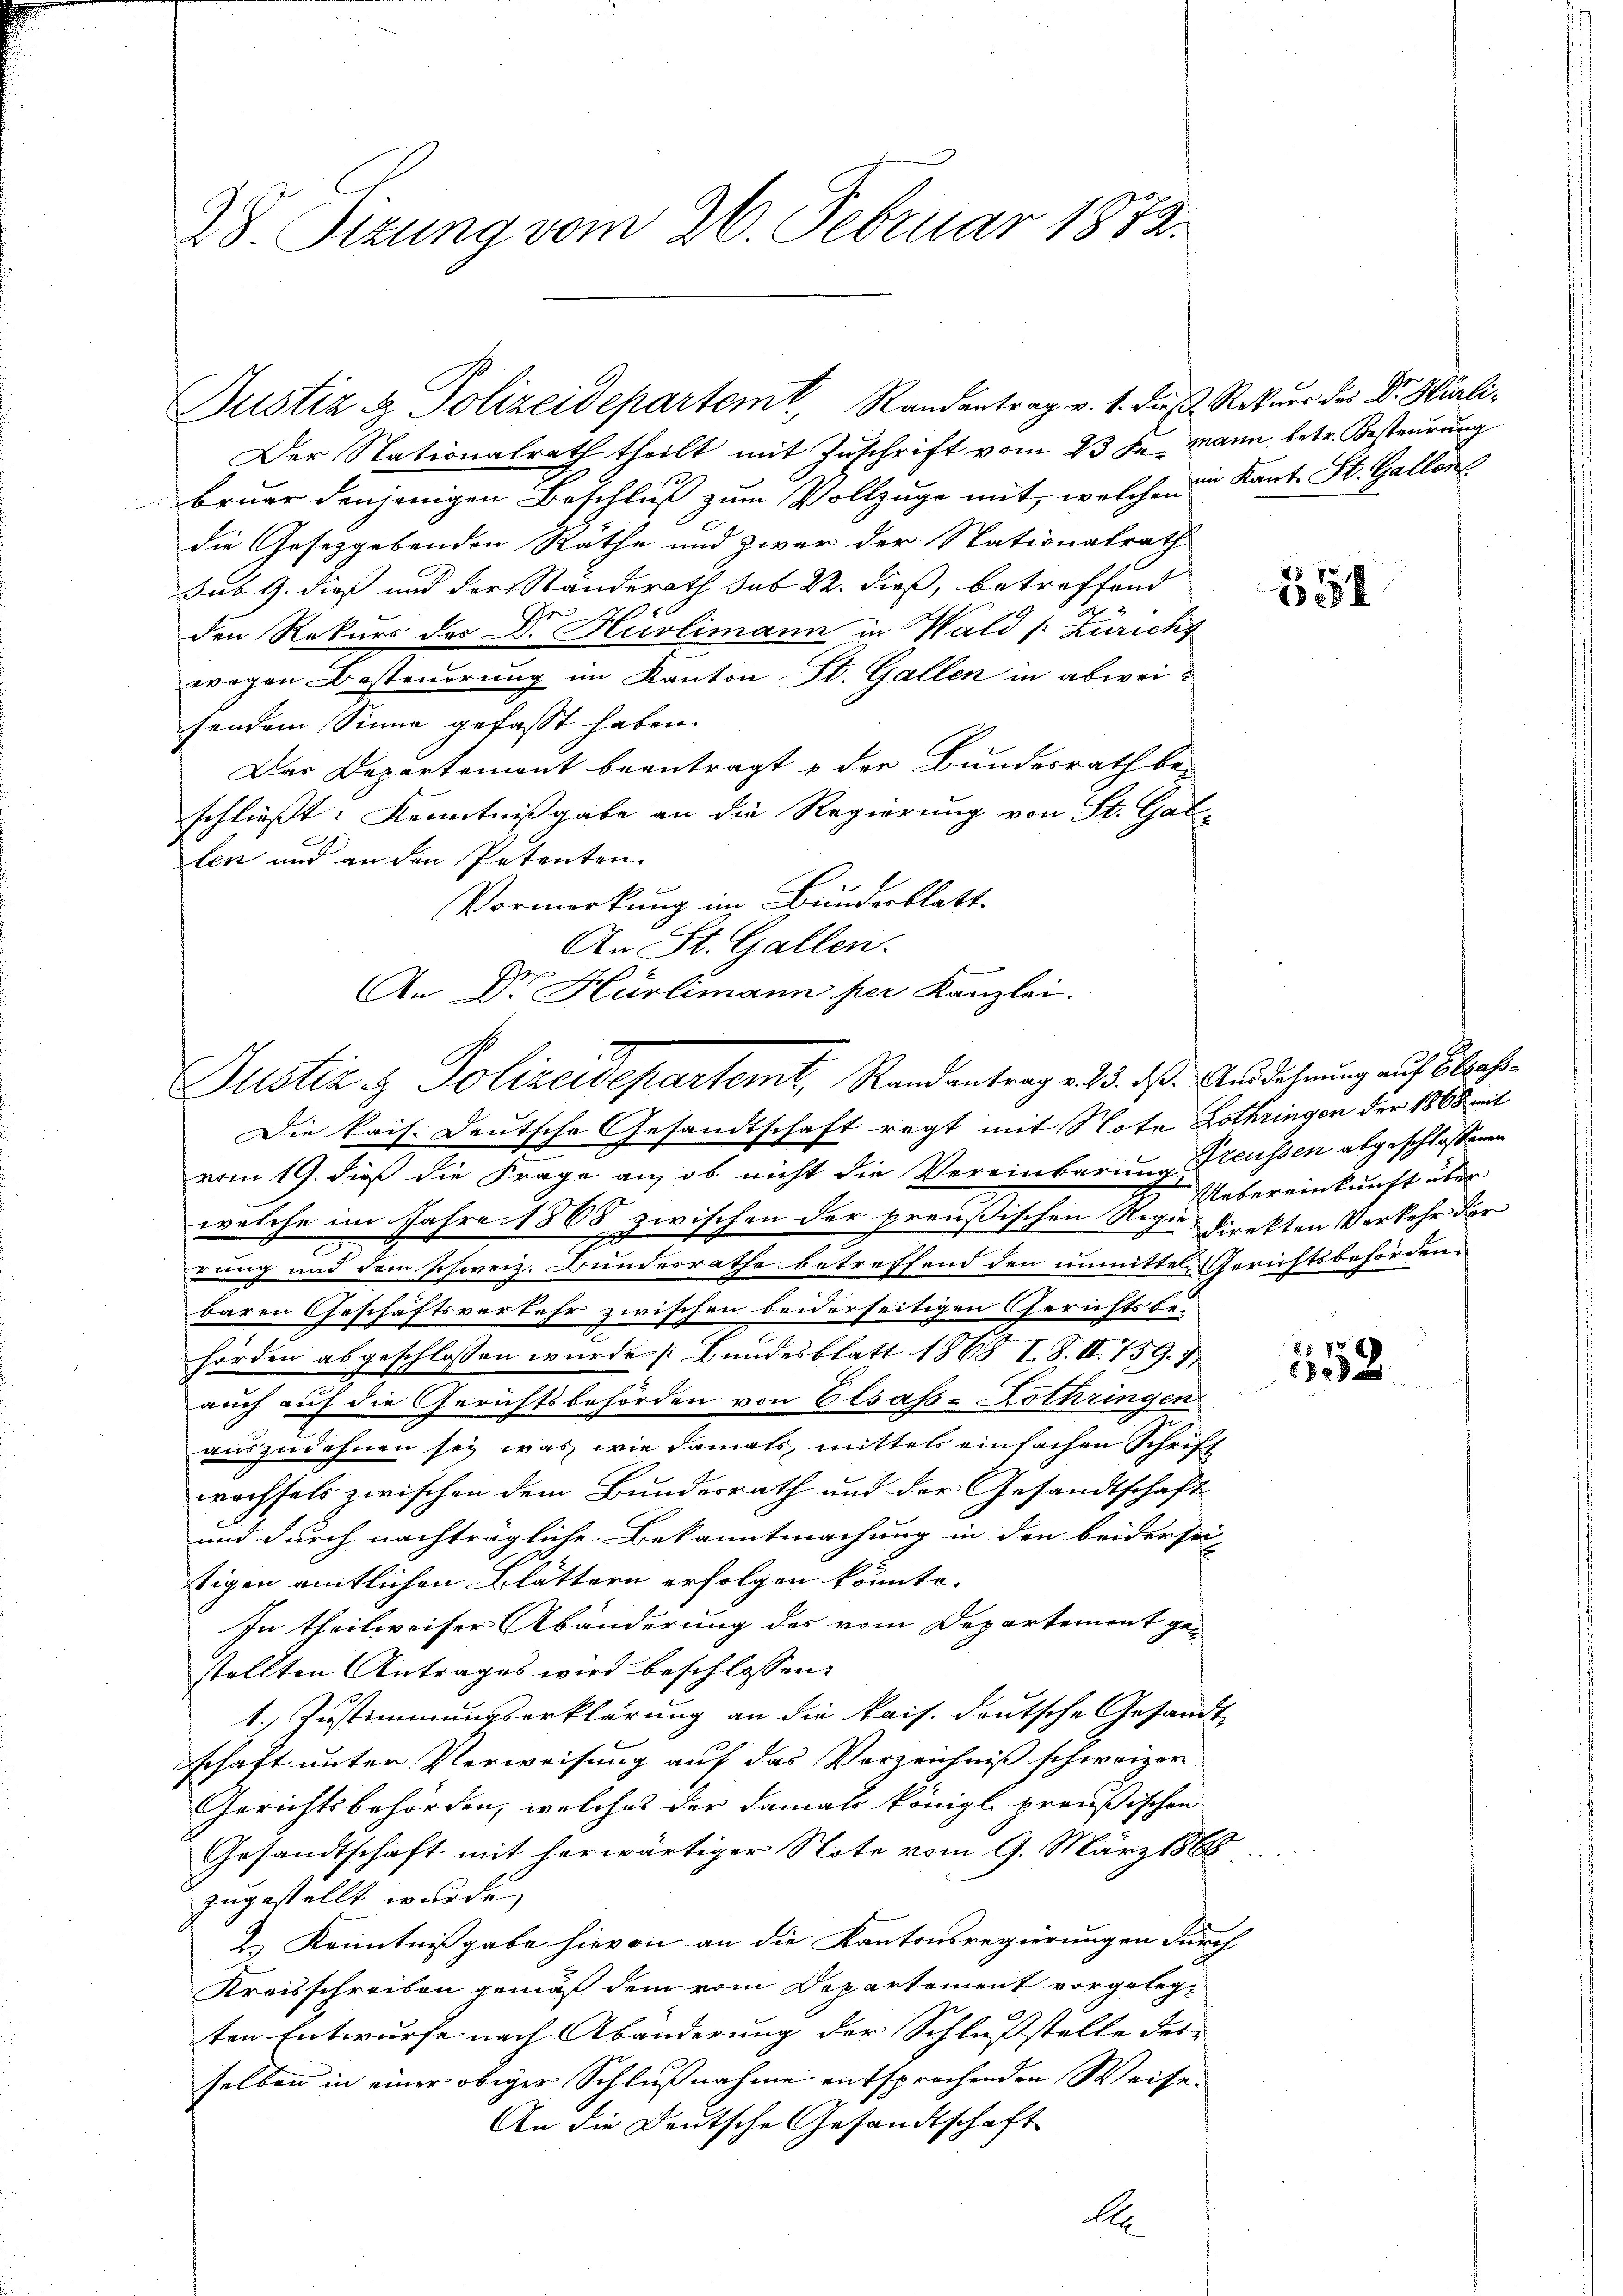
28. Sizung vom 26. Februar 1873.

Justiz & Polizeidepartem Randantrag v. 1. dieß Rekurs des Dr. Hürli¬

Der Stationalrath theilt mit Zuschrift vom 23 Fr. Mann, betr. Besteurung
bruar denjenigen Beschluß zum Vollzuge mit, welchen in Kant. St. Gallen
die Gesetzgebenden Räthe und zwar der Nationalrath
sub 9. dieß und der Standerath sub 22. dieß, betreffend
den Rekurs des Dr. Hürlimann in Wald (: Zürichs
wegen Besteuerung im Kanton St. Gallen in abweisendem Sinne gefasst haben.
Das Departemont beantragt u der Bundesrath be-
schließt: Kenntnißgabe an die Regierung von St. Gal-
len und an den Petenten.
Vormerkung im Bundesblatt
Die kais. Deutsche Gesandtschaft regt mit Note Lothringen der 1868 mit
vom 19. dieß die S. ob nicht die Vereinbarung Treussen abgeschlossenen
welche im Jahre 1868 zwischen der preußischen Regie direkten Verkehr der
.
rung und dem schweiz. Bundesrathe betreffend den unmittel Gerichtsbehörden.
baren Geschäftsverkehr zwischen beiderseitigen Gerichtsbehörden abgeschlossen wurde [Bundesblatt 1868 I. S. II. 759. 1
auch auf die Gerichtsbehörden von Elsass-Lothringen
auszudehnen sey, was wie damals, mittels einfachen Schrift
wechsels zwischen dem Bundesrath und der Gesandtschaft
und durch nachträgliche Bekanntmachung in den beidersei
tigen amtlichen Blättern erfolgen könnte.
In theilweiser Abänderung des vom Departement gestellten Antrages wird beschlossen:
1. Zustimmungserklärung an die kais. deutsche Gesandt
schaft unter Verweisung auf das Vorzeichniß schweizer
Gerichtsbehörden, welches der damals königl. preußischen
Gesandtschaft mit herwärtiger Note vom 9. März 1868
zugestellt wurde.
2.) Kenntnißgabe hievon an die Kantonsregierungen durch
Kreisschreiben gemäß dem vom Departement vorgelegten Entwurfe nach Abänderung der Schlußstelle des
selben in einer obiger Schlußnahme entsprechenden Weise
An die Deutsche Gesandtschaft
A

An St. Gallen.
d
An D. Hürlimann per Kanzlei.
Justiz & Polizeidepartemt, Randantrag v. 15. ds. Ausdehnung auf Elsass

354

Uebereinkunft über

552.